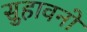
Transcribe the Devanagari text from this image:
सुहावनो